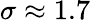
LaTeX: \sigma\approx 1.7